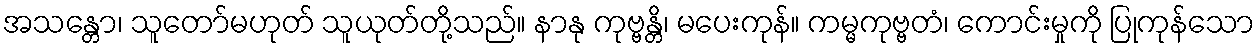
အသန္တော၊ သူတော်မဟုတ် သူယုတ်တို့သည်။ နာနု ကုဗ္ဗန္တိ၊ မပေးကုန်။ ကမ္မကုဗ္ဗတံ၊ ကောင်းမှုကို ပြုကုန်သော